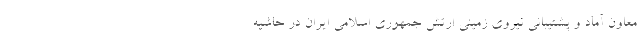
معاون آماد و پشتیبانی نیروی زمینی ارتش جمهوری اسلامی ایران در حاشیه